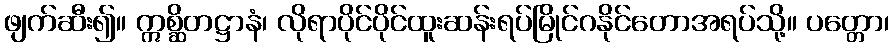
ဖျက်ဆီး၍။ ဣစ္ဆိတဋ္ဌာနံ၊ လိုရာပိုင်ပိုင်ထူးဆန်းရပ်မြိုင်ဂနိုင်တောအရပ်သို့။ ပတ္တော၊